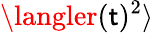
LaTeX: \langler(\mathsf{t})^{2}\rangle